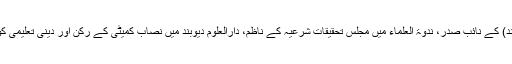
مرحوم مجمع الفقہ الاسلامی (الہند) کے نائب صدر، ندوۃ العلماء میں مجلس تحقیقات شرعیہ کے ناظم، دارالعلوم دیوبند میں نصاب کمیٹی کے رکن اور دینی تعلیمی کونسل اترپردیش کے رکن رہے۔